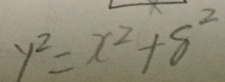
y ^ { 2 } = x ^ { 2 } + 8 ^ { 2 }